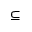
\subseteq